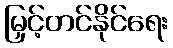
မြှင့်တင်နိုင်ရေး